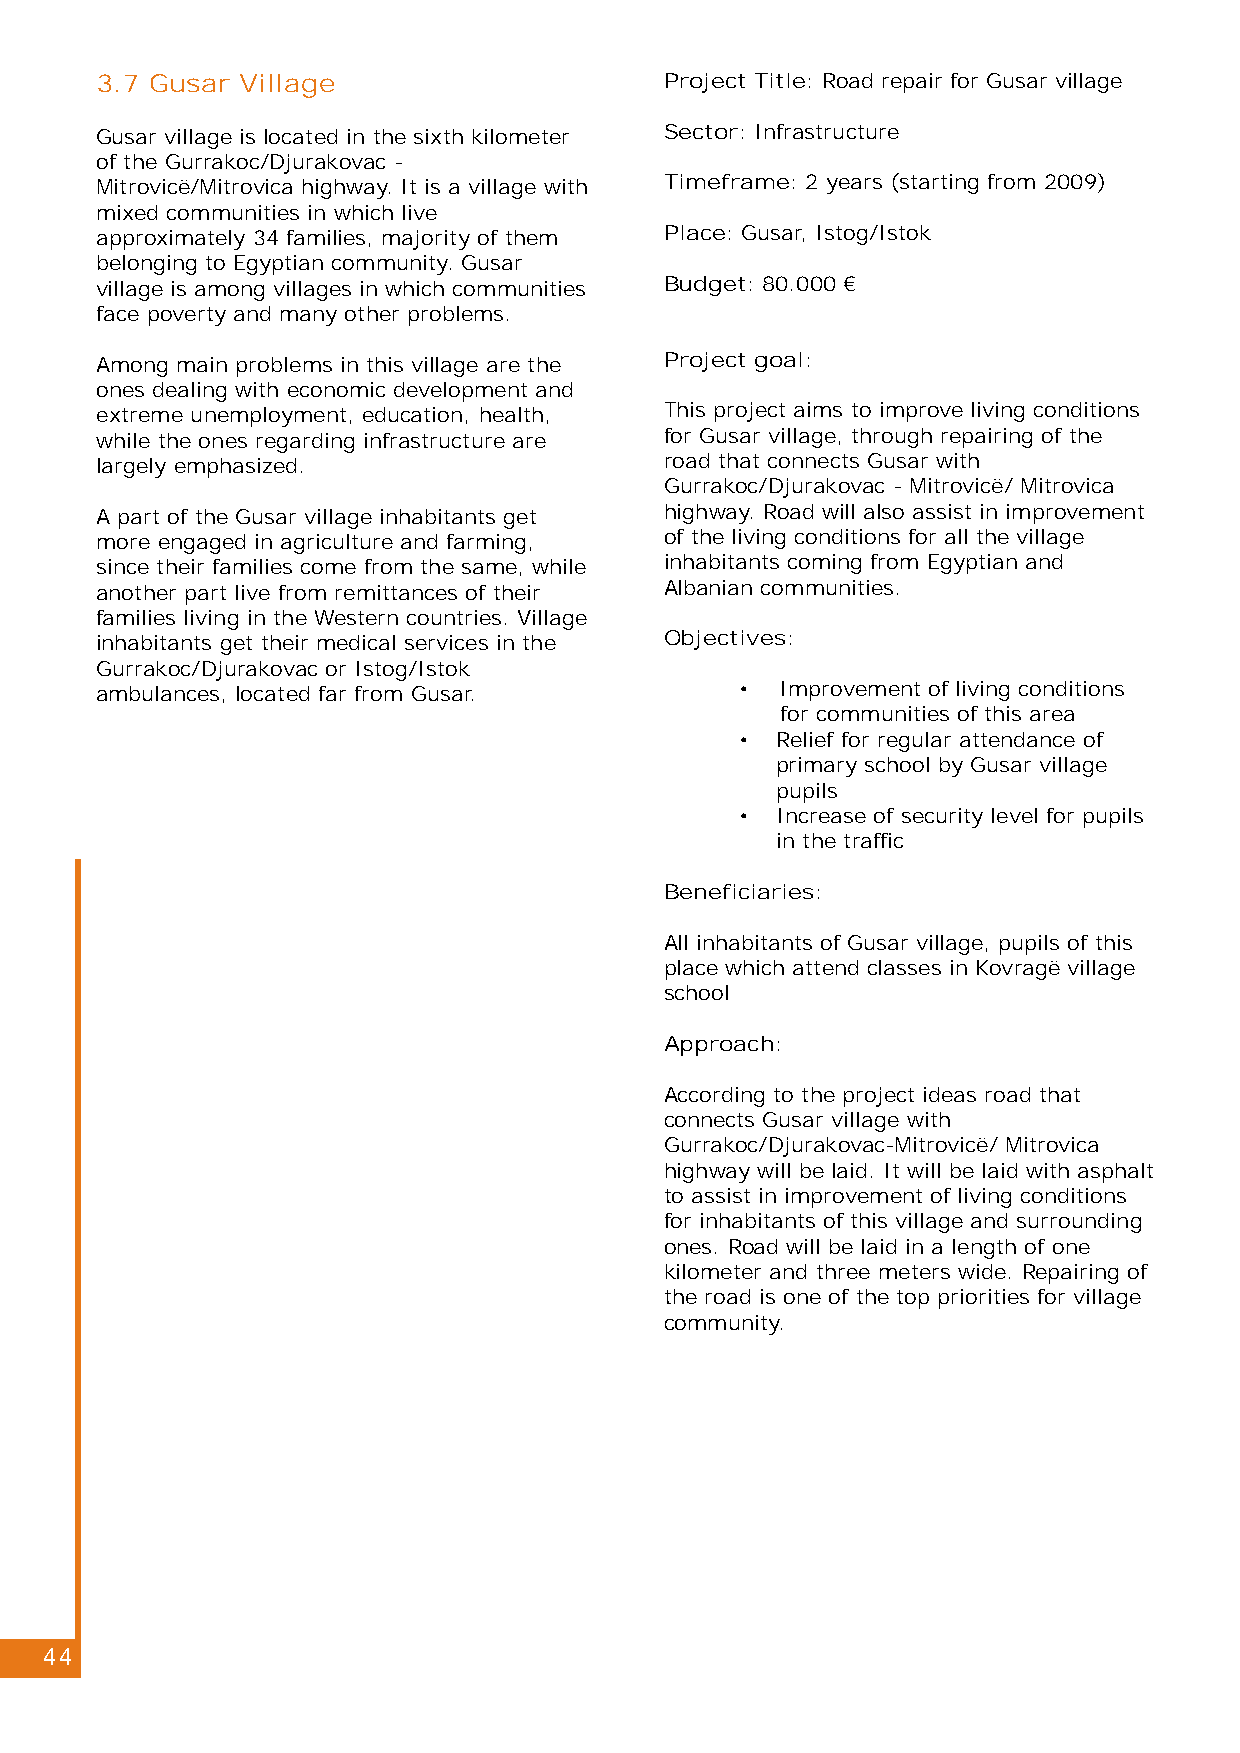
3.7 Gusar Village                     Project Title: Road repair for Gusar village
 Gusar village is located in the sixth kilometer Sector: Infrastructure
 of the Gurrakoc/Djurakovac -
 Mitrovicë/Mitrovica highway. It is a village with Timeframe: 2 years (starting from 2009)
 mixed communities in which live
 approximately 34 families, majority of them Place: Gusar, Istog/Istok
 belonging to Egyptian community. Gusar
 village is among villages in which communities Budget: 80.000 €
 face poverty and many other problems.
 Among main problems in this village are the Project goal:
 ones dealing with economic development and
 extreme unemployment, education, health, This project aims to improve living conditions
 while the ones regarding infrastructure are for Gusar village, through repairing of the
 largely emphasized.                   road that connects Gusar with
 Gurrakoc/Djurakovac - Mitrovicë/ Mitrovica
 A part of the Gusar village inhabitants get highway. Road will also assist in improvement
 more engaged in agriculture and farming, of the living conditions for all the village
 since their families come from the same, while inhabitants coming from Egyptian and
 another part live from remittances of their Albanian communities.
 families living in the Western countries. Village
 inhabitants get their medical services in the Objectives:
 Gurrakoc/Djurakovac or Istog/Istok
 ambulances, located far from Gusar.        •  Improvement of living conditions
 for communities of this area
 • Relief for regular attendance of
 primary school by Gusar village
 pupils
 • Increase of security level for pupils
 in the traffic
 Beneficiaries:
 All inhabitants of Gusar village, pupils of this
 place which attend classes in Kovragë village
 school
 Approach:
 According to the project ideas road that
 connects Gusar village with
 Gurrakoc/Djurakovac-Mitrovicë/ Mitrovica
 highway will be laid. It will be laid with asphalt
 to assist in improvement of living conditions
 for inhabitants of this village and surrounding
 ones. Road will be laid in a length of one
 kilometer and three meters wide. Repairing of
 the road is one of the top priorities for village
 community.
 44